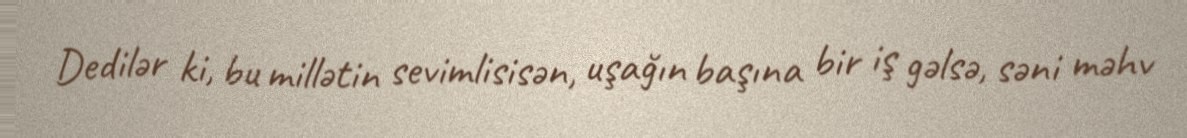
Dedilər ki, bu millətin sevimlisisən, uşağın başına bir iş gəlsə, səni məhv